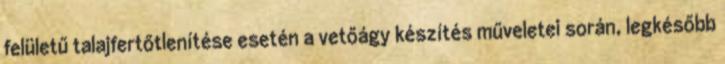
felületű talajfertőtlenítése esetén a vetőágy készítés műveletei során, legkésőbb